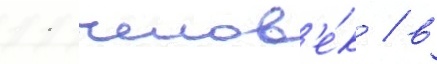
11 челов'е́к / в